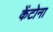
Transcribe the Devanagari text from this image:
केंटोना